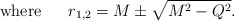
\begin{align*}{\rm where\ \ \ \ \ } r_{1,2}=M\pm \sqrt{M^2-Q^2}.\end{align*}